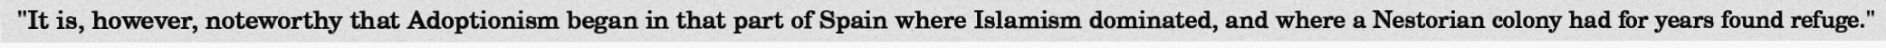
"It is, however, noteworthy that Adoptionism began in that part of Spain where Islamism dominated, and where a Nestorian colony had for years found refuge."